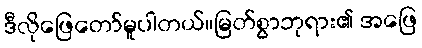
ဒီလိုဖြေတော်မူပါတယ်။မြတ်စွာဘုရား၏ အဖြေ